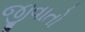
જીવાતો